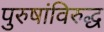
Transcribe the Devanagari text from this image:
पुरुषांविरुद्ध